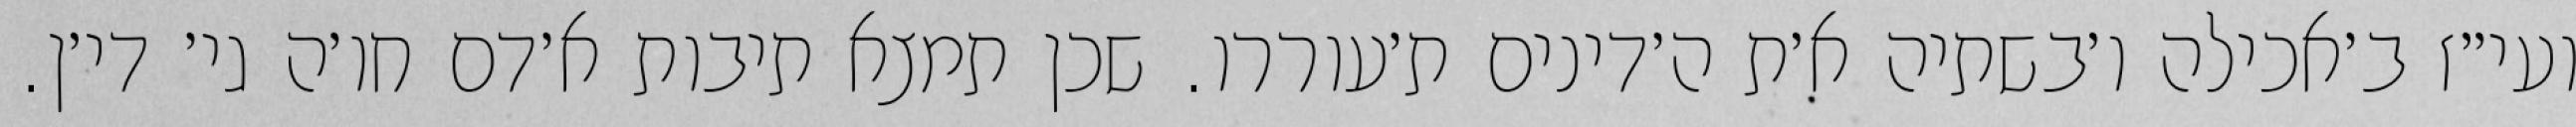
ועי״ז ב׳אכילה ו׳בשתיה א׳ת ה׳דינים ת׳עוררו. שכן תמצא תיבות א׳דם חו׳ה גי׳ די׳ן.